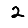
Digit: 2